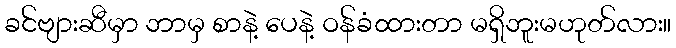
ခင်ဗျားဆီမှာ ဘာမှ စာနဲ့ ပေနဲ့ ဝန်ခံထားတာ မရှိဘူးမဟုတ်လား။